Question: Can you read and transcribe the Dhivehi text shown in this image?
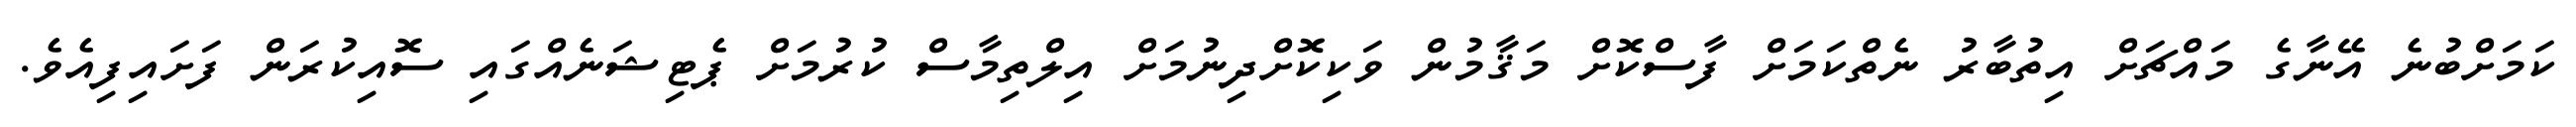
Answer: ކަމަށްބުނެ އޭނާގެ މައްޗަށް އިތުބާރު ނެތްކަމަށް ފާސްކޮށް މަޤާމުން ވަކިކޮށްދިނުމަށް އިލްތިމާސް ކުރުމަށް ޕެޓިޝަނެއްގައި ސޮއިކުރަން ފަށައިފިއެވެ.